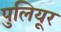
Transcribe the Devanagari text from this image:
पुलियूर